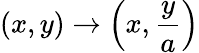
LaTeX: (x,y)\to\left(x,{\frac{y}{a}}\right)